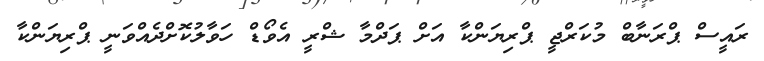
ރައީސް ޕްރަނާބް މުކަރްޖީ ޕްރިޔަންކާ އަށް ޕަދްމާ ޝްރީ އެވޯޑް ހަވާލުކޮށްދެއްވަނީ ޕްރިޔަންކާ